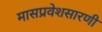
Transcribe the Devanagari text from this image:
मासप्रवेशसारणी